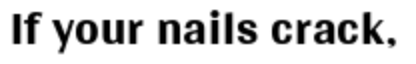
If your nails crack,